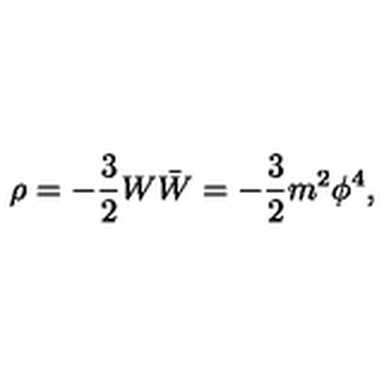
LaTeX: \rho = - \frac 3 2 W \bar { W } = - \frac 3 2 m ^ { 2 } \phi ^ { 4 } ,